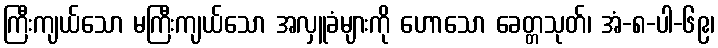
ကြီးကျယ်သော မကြီးကျယ်သော အလှူခံများကို ဟောသော ခေတ္တသုတ်၊ အံ-၈-ပါ-၆၉၊